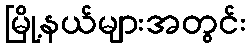
မြို့နယ်များအတွင်း